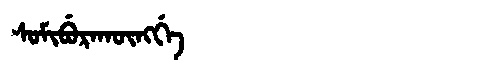
Manchu: ᠰᠣᠮᡳᠪᡠᡵᠠᡴᡡᠩᡤᡝ
Romanization: SOMIBURAKŪNGGE